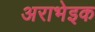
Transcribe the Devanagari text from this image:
अराभेइक